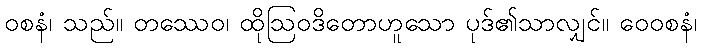
ဝစနံ၊ သည်။ တဿေဝ၊ ထိုဩဝဒိတောဟူသော ပုဒ်၏သာလျှင်။ ဝေဝစနံ၊